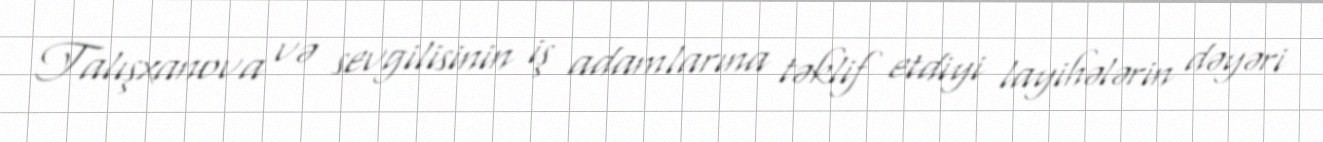
Talışxanova və sevgilisinin iş adamlarına təklif etdiyi layihələrin dəyəri